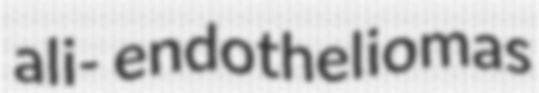
ali- endotheliomas